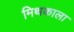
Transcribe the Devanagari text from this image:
मिथकाला